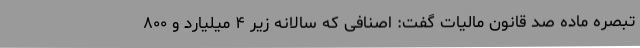
تبصره ماده صد قانون مالیات گفت: اصنافی که سالانه زیر ۴ میلیارد و ۸۰۰